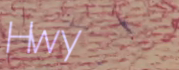
Hwy